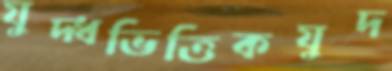
যুদ্ধভিত্তিকযুদ